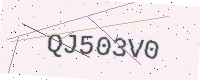
Text: QJ503V0